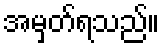
အမှတ်ရသည်။